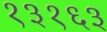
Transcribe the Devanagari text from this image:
१३१६३